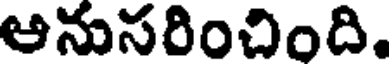
ఆనుసరించింది.